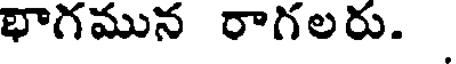
భాగమున రాగలరు.